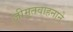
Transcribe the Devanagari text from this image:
जीमूतवाहनाने